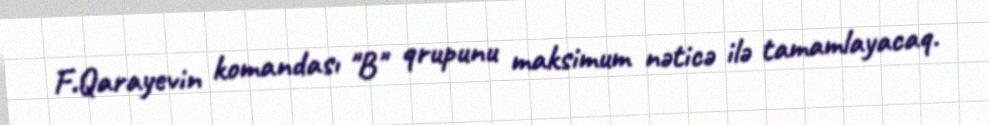
F.Qarayevin komandası "B" qrupunu maksimum nəticə ilə tamamlayacaq.